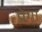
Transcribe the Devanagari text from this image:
प्रेगा